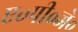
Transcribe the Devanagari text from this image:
ए॰पी॰जे॰